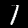
Digit: 1